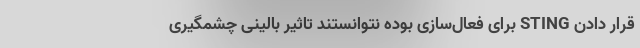
قرار دادن STING برای فعال‌سازی بوده نتوانستند تاثیر بالینی چشمگیری